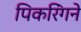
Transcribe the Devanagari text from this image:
पिकरिंगने